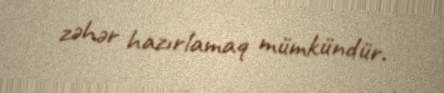
zəhər hazırlamaq mümkündür.